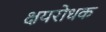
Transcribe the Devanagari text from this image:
क्षयरोधक